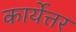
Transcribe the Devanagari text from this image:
कार्येत्तर